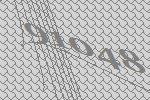
91048